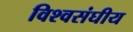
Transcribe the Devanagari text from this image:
विश्वसंघीय